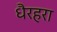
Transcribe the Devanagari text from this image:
धैरहरा